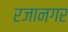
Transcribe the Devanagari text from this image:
रजानगर